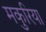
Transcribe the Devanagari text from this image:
मकुरिया